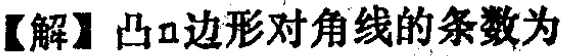
【解】凸\(n\)边形对角线的条数为